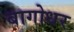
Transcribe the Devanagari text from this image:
बागोधर